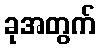
ခုအတွက်